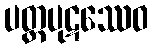
ပတ္တပုဋဿေဝ